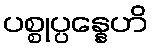
ပစ္စုပ္ပန္နေဟိ